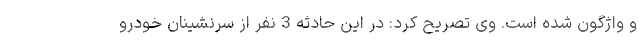
و واژگون شده است. وی تصریح کرد: در این حادثه 3 نفر از سرنشینان خودرو